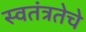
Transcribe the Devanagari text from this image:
स्वतंत्रतेचे